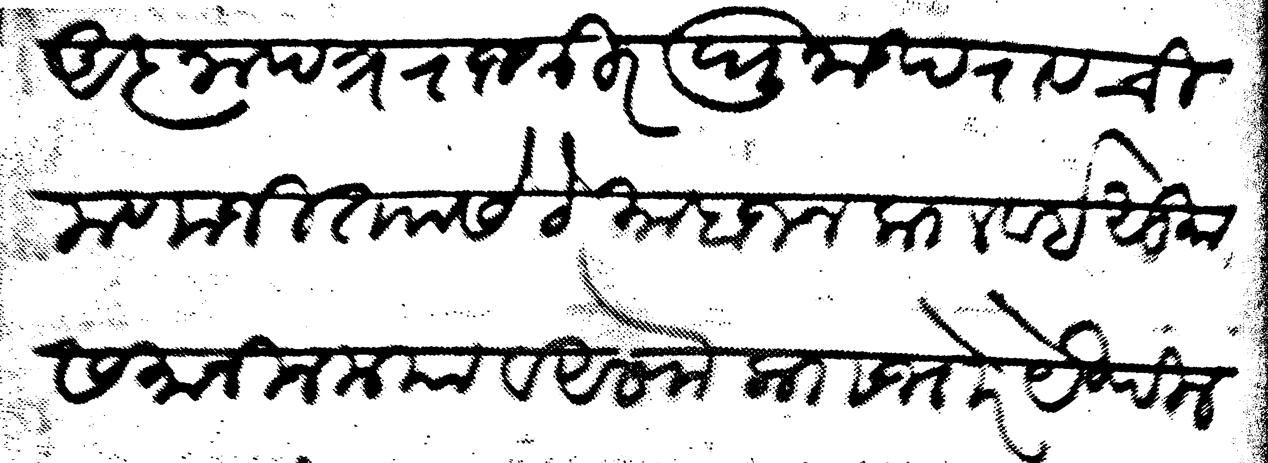
Transliteration (Devanagari): आज्ञापत्र राजश्री रघुनाथ राव चिमणाजी ता सेटे माहाजन क वाई सु समानीन मया व अलफ क भोर येथील